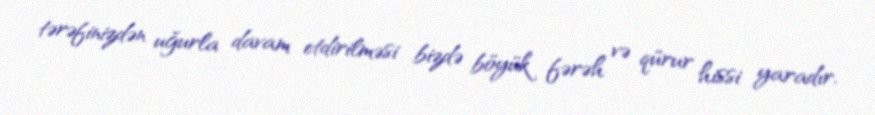
tərəfinizdən uğurla davam etdirilməsi bizdə böyük fərəh və qürur hissi yaradır.